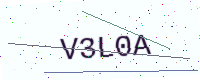
Text: V3L0A